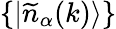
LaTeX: \{ |\widetilde{n}_{\alpha}(k)\rangle\}